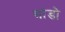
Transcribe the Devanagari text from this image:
भांडो